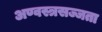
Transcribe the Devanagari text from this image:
अण्वस्त्रसज्जता